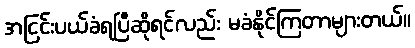
အငြင်းပယ်ခံရပြီဆိုရင်လည်း မခံနိုင်ကြတာများတယ်။